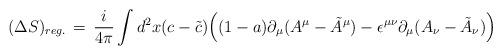
LaTeX: \begin{align*}(\Delta S)_{reg.} \,=\, {i\over 4\pi}\int d^2x ( c -\tilde c) \Big( (1-a) \partial_\mu (A^\mu - \tilde A^\mu ) - \epsilon^{\mu\nu}\partial_\mu (A_\nu -\tilde A_\nu ) \Big)\end{align*}